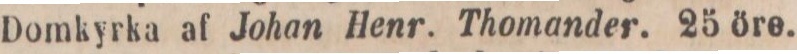
Domkyrka af Johan Henr. Thomander. 25 öre.